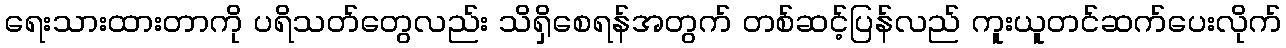
ရေးသားထားတာကို ပရိသတ်တွေလည်း သိရှိစေရန်အတွက် တစ်ဆင့်ပြန်လည် ကူးယူတင်ဆက်ပေးလိုက်